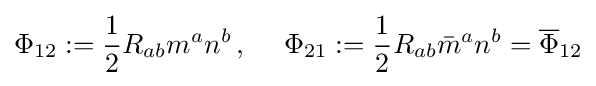
\Phi _{12}:={\frac {1}{2}}R_{ab}m^{a}n^{b}\,,\quad \;\Phi _{21}:={\frac {1}{2}}R_{ab}{\bar {m}}^{a}n^{b}={\overline {\Phi }}_{12}